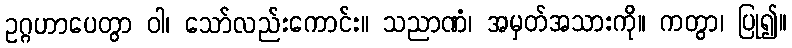
ဥဂ္ဂဟာပေတွာ ဝါ၊ သော်လည်းကောင်း။ သညာဏံ၊ အမှတ်အသားကို။ ကတွာ၊ ပြု၍။